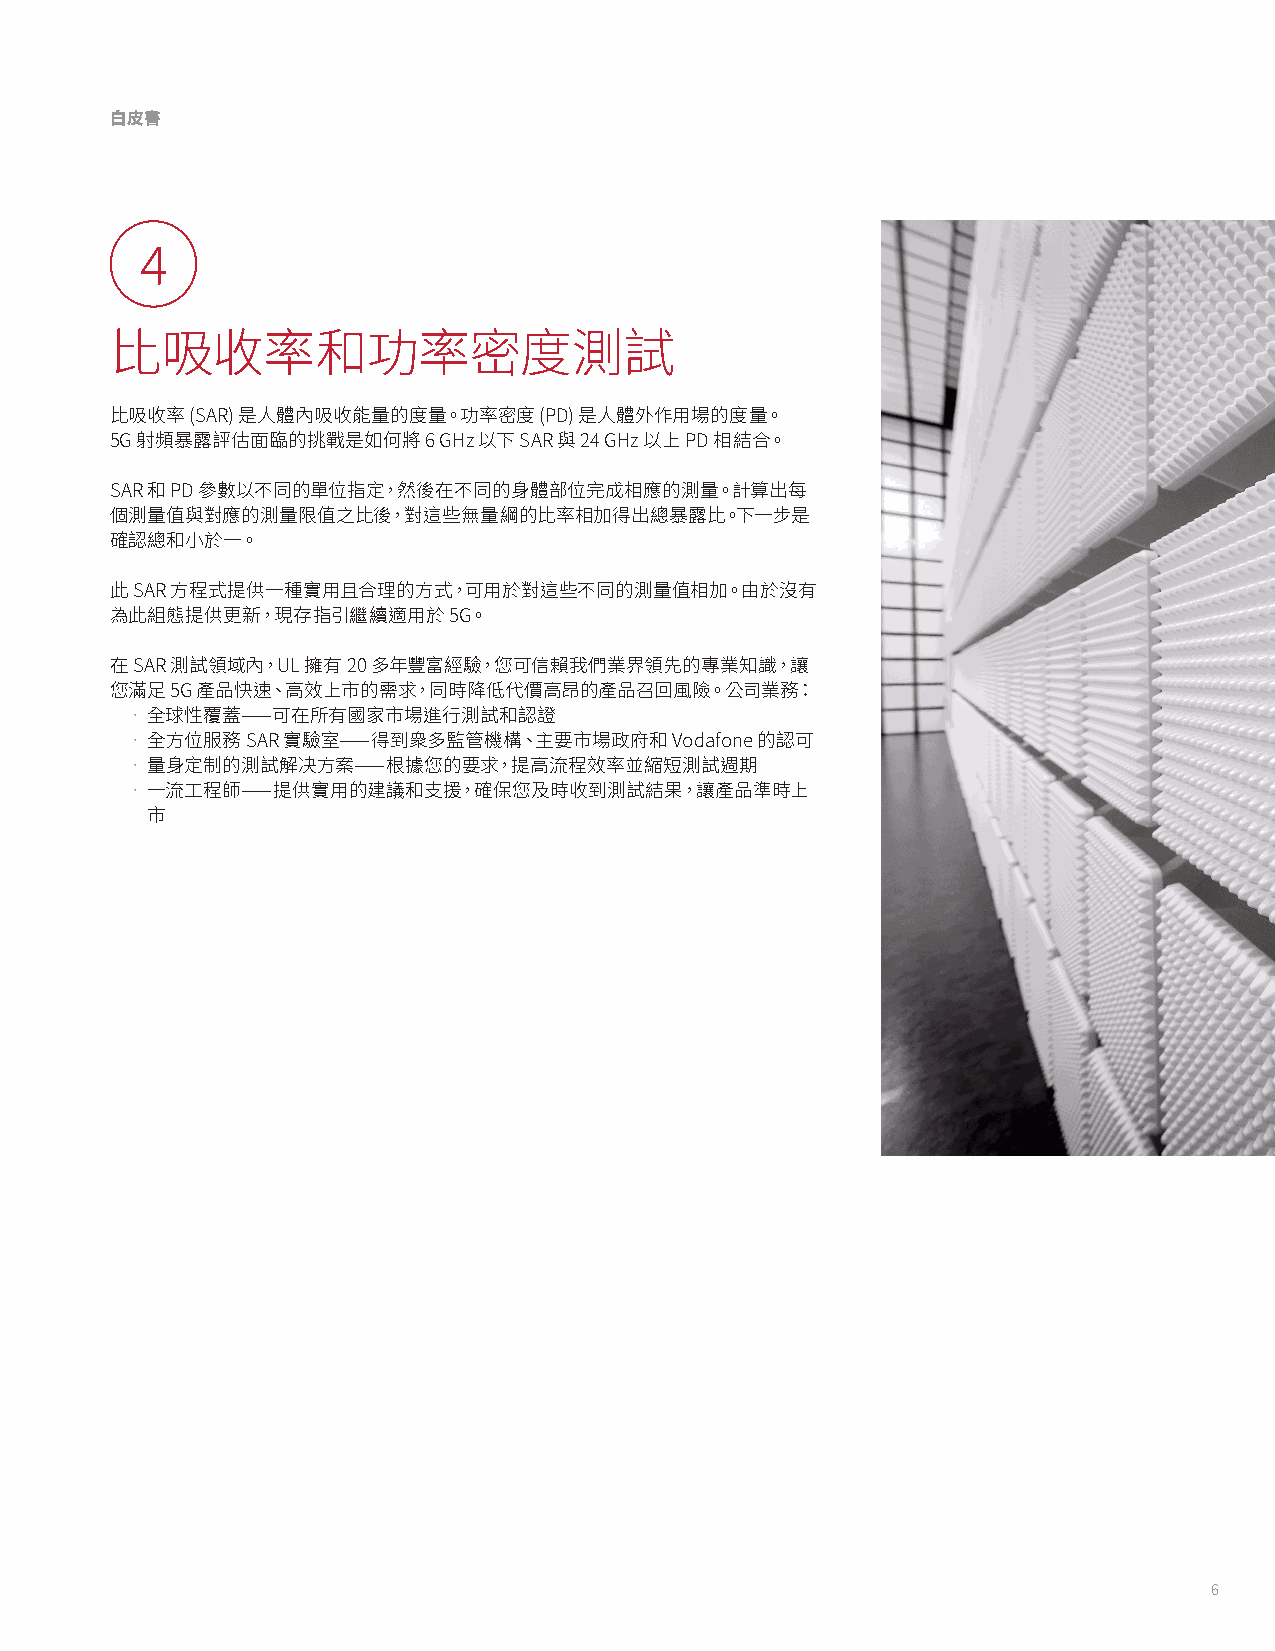
白皮書
 4
 比吸收率和功率密度測試
 比吸收率  (SAR) 是人體內吸收能量的度量。功率密度 (PD) 是人體外作用場的度量。
 5G 射頻暴露評估面臨的挑戰是如何將   6 GHz 以下 SAR 與 24 GHz 以上 PD 相結合。
 SAR 和 PD 參數以不同的單位指定，然後在不同的身體部位完成相應的測量。計算出每
 個測量值與對應的測量限值之比後，對這些無量綱的比率相加得出總暴露比。下一步是
 確認總和小於一。
 此 SAR 方程式提供一種實用且合理的方式，可用於對這些不同的測量值相加。由於沒有
 為此組態提供更新，現存指引繼續適用於     5G。
 在 SAR 測試領域內，UL 擁有 20 多年豐富經驗，您可信賴我們業界領先的專業知識，讓
 您滿足 5G 產品快速、高效上市的需求，同時降低代價高昂的產品召回風險。公司業務：
 • 全球性覆蓋——可在所有國家市場進行測試和認證
 • 全方位服務 SAR 實驗室——得到衆多監管機構、主要市場政府和    Vodafone 的認可
 • 量身定制的測試解决方案——根據您的要求，提高流程效率並縮短測試週期
 • 一流工程師——提供實用的建議和支援，確保您及時收到測試結果，讓產品準時上
 市
 6